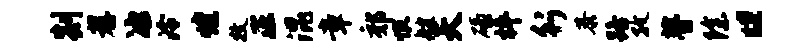
剡荐冰泠煌牧正混章郊恨艘天碌枰行恭路孜瞢除“